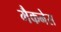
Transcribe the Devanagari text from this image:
मैकनेस